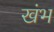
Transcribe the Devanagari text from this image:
खंभ